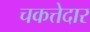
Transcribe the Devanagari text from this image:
चकत्तेदार